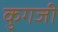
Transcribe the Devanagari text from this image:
कुगजी